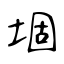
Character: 堌